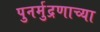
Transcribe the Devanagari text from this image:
पुनर्मुद्रणाच्या